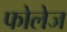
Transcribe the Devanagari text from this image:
फोलेज